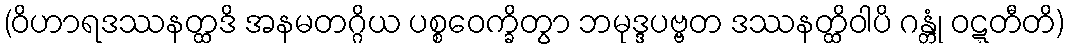
(ဝိဟာရဒဿနတ္ထဒိ အနမတဂ္ဂိယ ပစ္စဝေက္ခိတွာ ဘမုဒ္ဒပဗ္ဗတ ဒဿနတ္ထိဝါပိ ဂန္တုံ ဝဋ္ဋတီတိ)